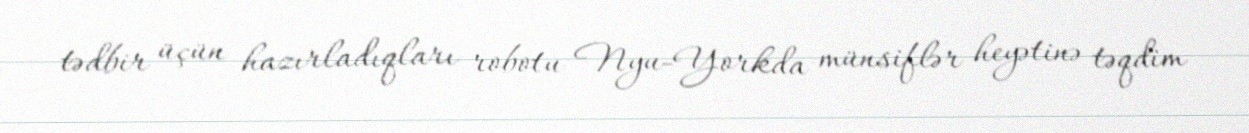
tədbir üçün hazırladıqları robotu Nyu-Yorkda münsiflər heyətinə təqdim